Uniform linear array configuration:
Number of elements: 32
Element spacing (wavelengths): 0.5
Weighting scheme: cosine
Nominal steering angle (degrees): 30
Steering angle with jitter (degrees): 31.122
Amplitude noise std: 0.05
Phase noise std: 0.05

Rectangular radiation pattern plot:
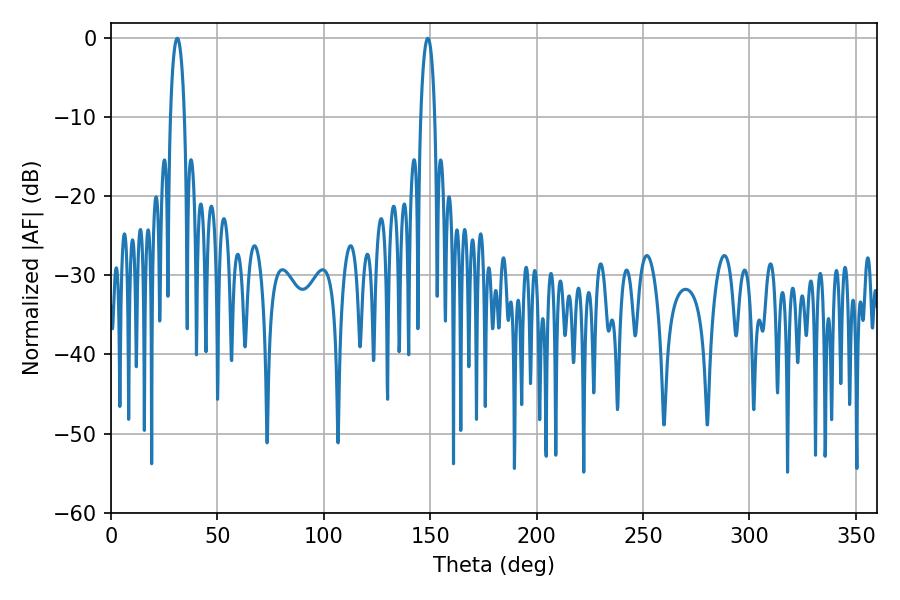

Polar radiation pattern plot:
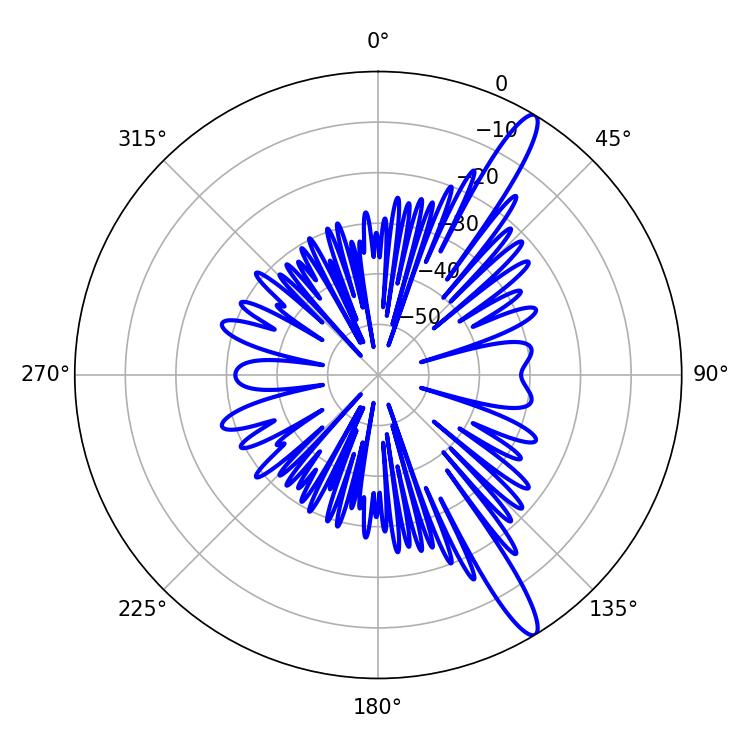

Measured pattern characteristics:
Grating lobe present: FALSE
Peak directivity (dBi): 14.202
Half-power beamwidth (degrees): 3.6
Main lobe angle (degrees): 31.14